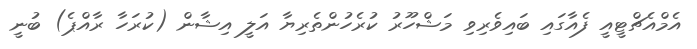
އެމްއެޗްޓީއީ ފެއާގައި ބައިވެރިވި މަޝްހޫރު ކުރެހުންތެރިޔާ އަލީ އިޝާން (ކުރަހާ ރާއްޕެ) ބުނީ